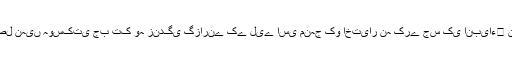
انسان اپنے تیئں کتنی ہی کوشش اور محنت کیوں نہ کرلے ، اسے اس وقت تک اللہ تعالیٰ کی رضا حاصل نہیں ہوسکتی جب تک وہ زندگی گزارنے کے لیے اسی منہج کو اختیار نہ کرے جس کی انبیاء﷩ نے تعلیم دی ہے ،اسی لیے اللہ تعالیٰ نے ہر رسول کی بعثت کا مقصد صرف اس کی اطاعت قراردیا ہے ۔